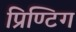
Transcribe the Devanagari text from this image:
प्रिण्टिग